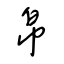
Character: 帛